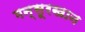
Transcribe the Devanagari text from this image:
मन्सूरखान